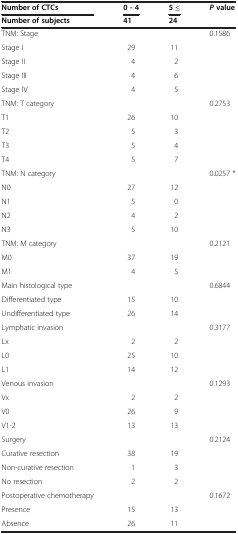
| Number of CTCs | 0 - 4 | 5 ≤ | P value |
 | Number of subjects | 41 | 24 |  |
 | --- | --- | --- | --- |
 | TNM: Stage |  |  | 0.1586 |
 | Stage I | 29 | 11 |  |
 | Stage II | 4 | 2 |  |
 | Stage III | 4 | 6 |  |
 | Stage IV | 4 | 5 |  |
 | TNM: T category |  |  | 0.2753 |
 | T1 | 26 | 10 |  |
 | T2 | 5 | 3 |  |
 | T3 | 5 | 4 |  |
 | T4 | 5 | 7 |  |
 | TNM: N category |  |  | 0.0257 * |
 | N0 | 27 | 12 |  |
 | N1 | 5 | 0 |  |
 | N2 | 4 | 2 |  |
 | N3 | 5 | 10 |  |
 | TNM: M category |  |  | 0.2121 |
 | M0 | 37 | 19 |  |
 | M1 | 4 | 5 |  |
 | Main histological type |  |  | 0.6844 |
 | Differentiated type | 15 | 10 |  |
 | Undifferentiated type | 26 | 14 |  |
 | Lymphatic invasion |  |  | 0.3177 |
 | Lx | 2 | 2 |  |
 | L0 | 25 | 10 |  |
 | L1 | 14 | 12 |  |
 | Venous invasion |  |  | 0.1293 |
 | Vx | 2 | 2 |  |
 | V0 | 26 | 9 |  |
 | V1-2 | 13 | 13 |  |
 | Surgery |  |  | 0.2124 |
 | Curative resection | 38 | 19 |  |
 | Non-curative resection | 1 | 3 |  |
 | No resection | 2 | 2 |  |
 | Postoperative chemotherapy |  |  | 0.1672 |
 | Presence | 15 | 13 |  |
 | Absence | 26 | 11 |  |